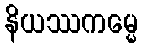
နိယဿကမ္မေ